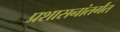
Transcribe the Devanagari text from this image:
प्रशासनांतर्गंत